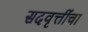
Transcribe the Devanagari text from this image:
सदवृत्तींचा